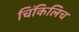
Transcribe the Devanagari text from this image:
चिंकिलिच